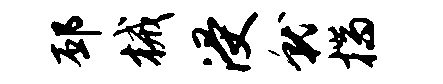
邳械浸就揣